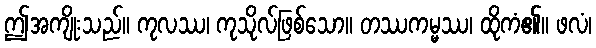
ဤအကျိုးသည်။ ကုလဿ၊ ကုသိုလ်ဖြစ်သော။ တဿကမ္မဿ၊ ထိုကံ၏။ ဖလံ၊